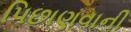
પિછાણવાની